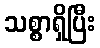
သစ္စာရှိပြီး